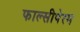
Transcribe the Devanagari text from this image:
फाल्सीपेरम